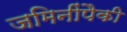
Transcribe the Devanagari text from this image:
जमिनींपैकी